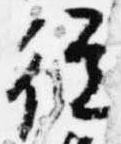
従